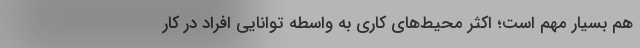
هم بسیار مهم است؛ اکثر محیط‌های کاری به واسطه توانایی افراد در کار